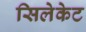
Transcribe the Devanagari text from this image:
सिलेकेट